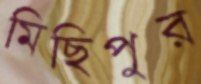
মিছিপুর